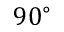
9 0 ^ { \circ }